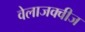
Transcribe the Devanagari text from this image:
वेलाजक्वीज